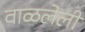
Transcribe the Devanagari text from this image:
वाळलेलीं